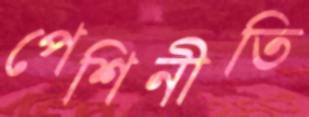
পেশিনীতি